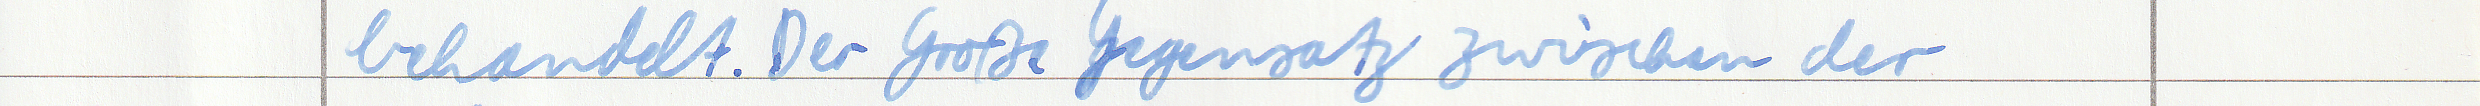
behandelt. Der große Gegensatz zwischen der